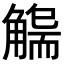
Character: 𧤬